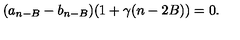
( a _ { n - B } - b _ { n - B } ) ( 1 + \gamma ( n - 2 B ) ) = 0 .